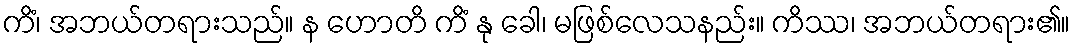
ကိံ၊ အဘယ်တရားသည်။ န ဟောတိ ကိံ နု ခေါ၊ မဖြစ်လေသနည်း။ ကိဿ၊ အဘယ်တရား၏။